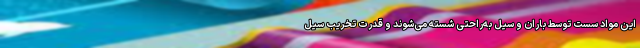
این مواد سست توسط باران و سیل به‌راحتی شسته می‌شوند و قدرت تخریب سیل